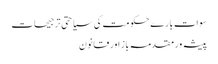
سوات بارے حکومت کی سیاحتی ترجیحات
پیشہ ور مقدمہ باز اور قانون